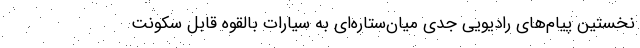
نخستین پیام‌های رادیویی جدی میان‌ستاره‌ای به سیارات بالقوه قابل سکونت